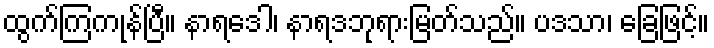
ထွက်ကြကုန်ပြီ။ နာရဒေါ၊ နာရဒဘုရားမြတ်သည်။ ပဒသာ၊ ခြေဖြင့်။